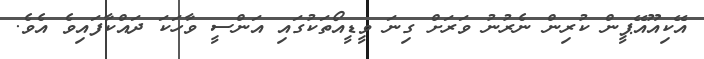
އޭކިއޫއޭޕީން ކުރިން ނެރުނު ވަރަށް ގިނަ ވީޑީއޯތަކުގައި އަންސީ ވާހަކަ ދައްކާފައިވެ އެވެ.